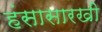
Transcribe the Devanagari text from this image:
हंसासारखी